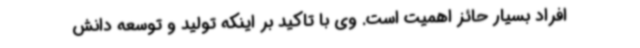
افراد بسیار حائز اهمیت است. وی با تاکید بر اینکه تولید و توسعه دانش